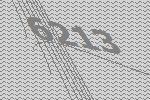
6213